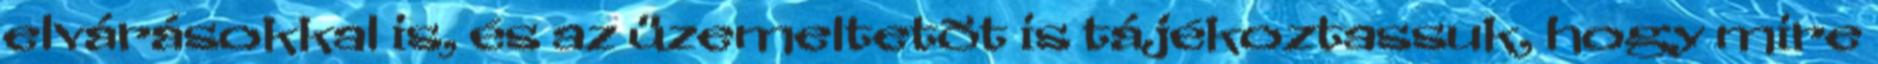
elvárásokkal is, és az üzemeltetõt is tájékoztassuk, hogy mire